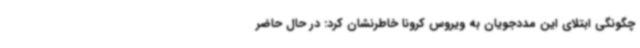
چگونگی ابتلای این مددجویان به ویروس کرونا خاطرنشان کرد: در حال حاضر